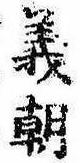
義朝